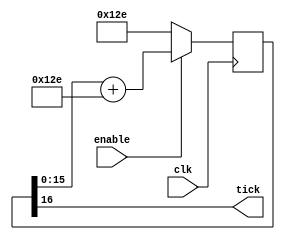
`timescale 1ns / 1ps
//////////////////////////////////////////////////////////////////////////////////
// Company: 
// Engineer: 
// 
// Design Name: 
// Module Name: uart_baud_tick_gen
// Project Name: 
// Target Devices: 
// Tool Versions: 
// Description: 
// 
// Dependencies: 
// 
// Revision:
// Revision 0.01 - File Created
// Additional Comments:
// 
//////////////////////////////////////////////////////////////////////////////////


module uart_baud_tick_gen
#(
	parameter CLK_FREQUENCY = 25000000,
	parameter BAUD_RATE = 115200,
	parameter OVERSAMPLING = 1
)(
	input clk,
	input enable,
	output tick
);

	function integer clog2;
		input integer value;
		begin
			value = value - 1;
			for (clog2 = 0; value > 0; clog2 = clog2 + 1)
				value = value >> 1;
		end
	endfunction

	localparam ACC_WIDTH = clog2(CLK_FREQUENCY / BAUD_RATE) + 8;
	localparam SHIFT_LIMITER = clog2(BAUD_RATE * OVERSAMPLING >> (31 - ACC_WIDTH));
	localparam INCREMENT =
			((BAUD_RATE * OVERSAMPLING << (ACC_WIDTH - SHIFT_LIMITER)) +
			(CLK_FREQUENCY >> (SHIFT_LIMITER + 1))) / (CLK_FREQUENCY >> SHIFT_LIMITER);

	(* keep = "true" *)
	reg [ACC_WIDTH:0] acc = 0;

	always @(posedge clk)
		if (enable)
			acc <= acc[ACC_WIDTH-1:0] + INCREMENT[ACC_WIDTH:0];
		else
			acc <= INCREMENT[ACC_WIDTH:0];

	assign tick = acc[ACC_WIDTH];



endmodule